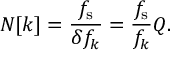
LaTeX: N [ k ] = { \frac { f _ { \mathrm { s } } } { \delta f _ { k } } } = { \frac { f _ { \mathrm { s } } } { f _ { k } } } Q .